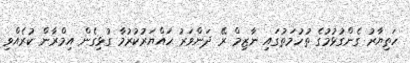
ހަތިޔާރު ގެންގުޅުމުގެ ތުހުމަތުގައި ނާޒިމް ރޭ ދަންވަރު ހައްޔަރުކުރުމާ ގުޅިގެން އިމްރާން ކުރެއްވި